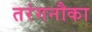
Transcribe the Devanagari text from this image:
तरंगनौका